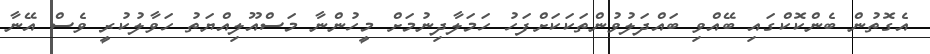
އެގޮތުން ބެންކޮކްގައި ބޭއްވި ބައްދަލުވުންތަކަކަށްފަހު ހަމަލާދިނުމަށް މީހުންނާ މަސްއޫލިއްޔަތު ހަވާލުކުރީ ވެސް އޭނާ